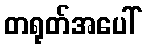
တရုတ်အပေါ်